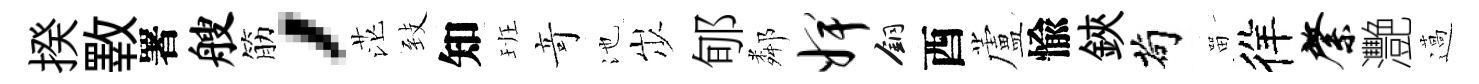
揆斁署艘筋，茫𦤺知班竒池𡵯郇鄰婢銅酉蘆愉鋏茍㽞徉綮灧薖